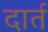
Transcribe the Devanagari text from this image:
दार्त